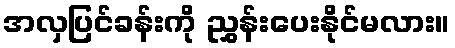
အလှပြင်ခန်းကို ညွှန်းပေးနိုင်မလား။